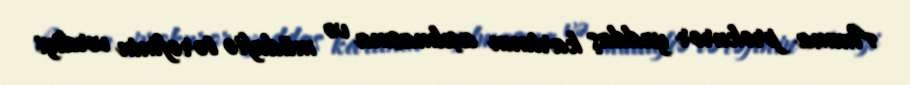
Amma prokuror yaddaş kartının açılmasına və müdafiə tərəfinin verdiyi